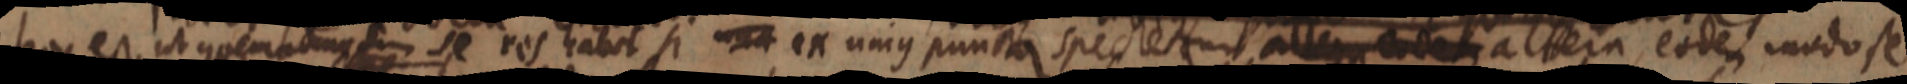
hoc est ut quemodum se res habet si non ex unius puncta spectetur aller eodem altera, eodem modo se